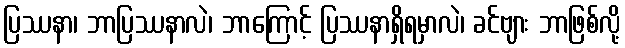
ပြဿနာ၊ ဘာပြဿနာလဲ၊ ဘာကြောင့် ပြဿနာရှိရမှာလဲ၊ ခင်ဗျား ဘာဖြစ်လို့